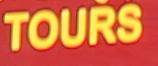
tours